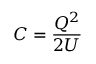
C = { \frac { Q ^ { 2 } } { 2 U } }